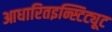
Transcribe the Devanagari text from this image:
आधारितइन्स्टिट्यूट